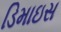
ડિમાઇસ